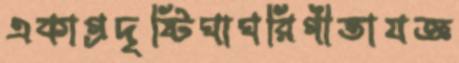
একাগ্রদৃষ্টিঘাঘরিগীতাযজ্ঞ